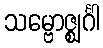
သမ္ဗောဇ္ဈင်္ဂါ